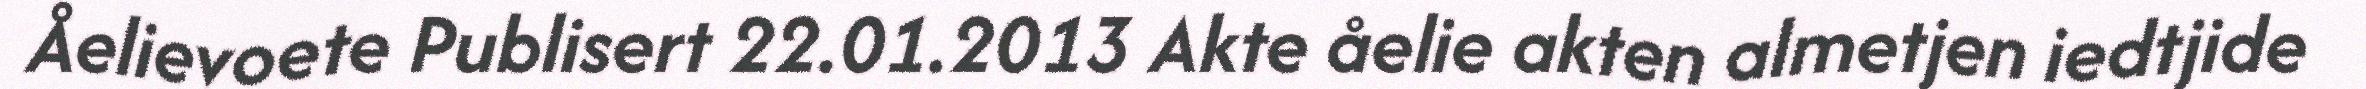
Åelievoete Publisert 22.01.2013 Akte åelie akten almetjen iedtjide